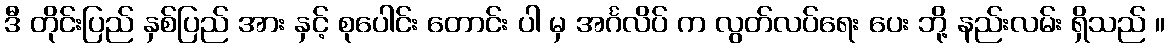
ဒီ တိုင်းပြည် နှစ်ပြည် အား နှင့် စုပေါင်း တောင်း ပါ မှ အင်္ဂလိပ် က လွတ်လပ်ရေး ပေး ဘို့ နည်းလမ်း ရှိသည် ။